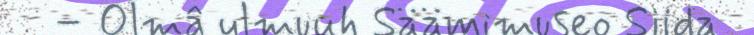
– Olmâ ulmuuh Säämimuseo Siida